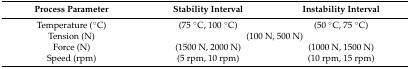
<table><thead><tr><td><b>Process Parameter</b></td><td><b>Stability Interval</b></td><td><b>Instability Interval</b></td></tr></thead><tbody><tr><td>Temperature (°C)</td><td>(75 °C, 100 °C)</td><td>(50 °C, 75 °C)</td></tr><tr><td>Tension (N)</td><td colspan="2">(100 N, 500 N)</td></tr><tr><td>Force (N)</td><td>(1500 N, 2000 N)</td><td>(1000 N, 1500 N)</td></tr><tr><td>Speed (rpm)</td><td>(5 rpm, 10 rpm)</td><td>(10 rpm, 15 rpm)</td></tr></tbody></table>